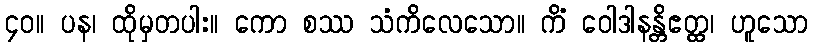
၄၀။ ပန၊ ထိုမှတပါး။ ကော စဿ သံကိလေသော။ ကိံ ဝေါဒါနန္တိဧတ္ထ၊ ဟူသော